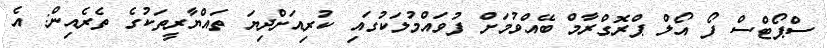
ސްޕޯޓްސް ފޯ އޯލް ޕްރޮގްރާމް ބޭއްވުމަށް ފުވައްމުލަކުގައި ކުރިއަށްދިޔަ ތައްޔާރީތަކުގެ ތެރެއިން: އެ